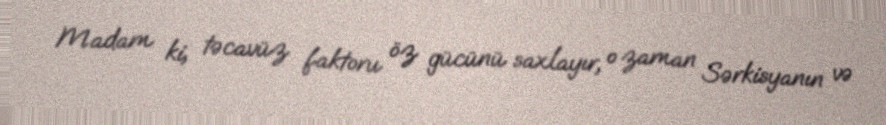
Madam ki, təcavüz faktoru öz gücünü saxlayır, o zaman Sərkisyanın və